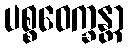
ပစ္စဝေက္ခန္တာ